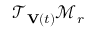
\mathcal { T } _ { \mathbf { V } ( t ) } \mathcal { M } _ { r }